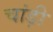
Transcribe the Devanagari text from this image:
चांड़ी